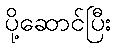
ပို့ဆောင်ပြီး